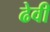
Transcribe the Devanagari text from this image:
ढेवी